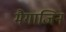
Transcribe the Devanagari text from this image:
मैगाजिन